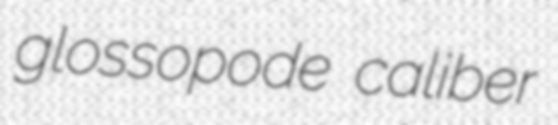
glossopode caliber